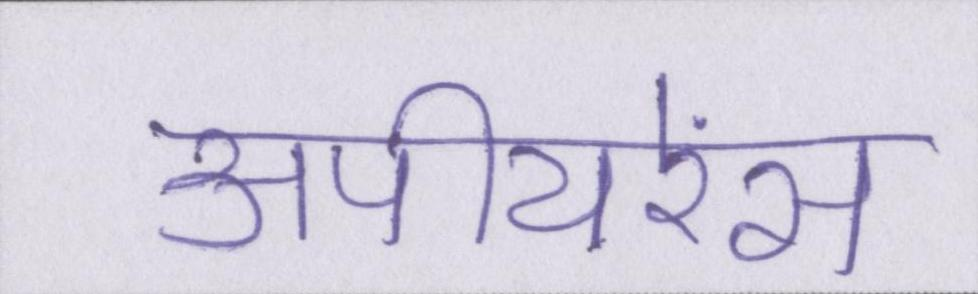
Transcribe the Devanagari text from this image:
अपीयरेंस